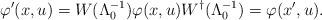
LaTeX: \begin{align*}\varphi'(x, u) = W(\Lambda^{-1}_{0}) \varphi(x, u) W^{\dagger}(\Lambda^{-1}_0) = \varphi(x', u).\end{align*}